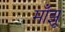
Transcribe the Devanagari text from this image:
माँझू